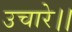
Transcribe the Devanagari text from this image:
उचारे।।